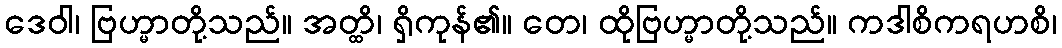
ဒေဝါ၊ ဗြဟ္မာတို့သည်။ အတ္ထိ၊ ရှိကုန်၏။ တေ၊ ထိုဗြဟ္မာတို့သည်။ ကဒါစိကရဟစိ၊